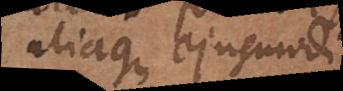
aliaque ejusmodi,